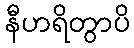
နီဟရိတွာပိ